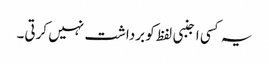
یہ کسی اجنبی لفظ کو برداشت نہیں کرتی۔